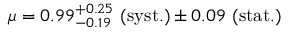
\mu = 0 . 9 9 _ { - 0 . 1 9 } ^ { + 0 . 2 5 } ~ \mathrm { ( s y s t . ) } \pm 0 . 0 9 ~ \mathrm { ( s t a t . ) }